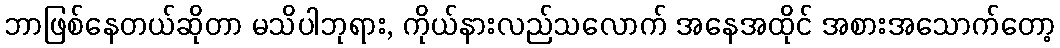
ဘာဖြစ်နေတယ်ဆိုတာ မသိပါဘုရား, ကိုယ်နားလည်သလောက် အနေအထိုင် အစားအသောက်တော့